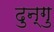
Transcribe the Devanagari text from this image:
दुन्गु